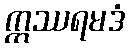
ဣဿရမဒံ